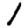
Digit: 1